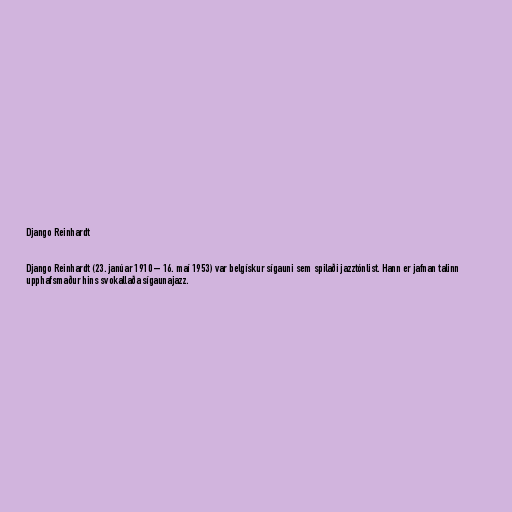
Django Reinhardt

Django Reinhardt (23. janúar 1910 – 16. maí 1953) var belgískur sígauni sem spilaði jazztónlist. Hann er jafnan talinn
upphafsmaður hins svokallaða sígaunajazz.